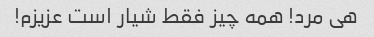
هی مرد! همه چیز فقط شیار است عزیزم!